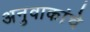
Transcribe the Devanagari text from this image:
अनुवाकांचे